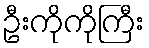
ဦးကိုကိုကြီး